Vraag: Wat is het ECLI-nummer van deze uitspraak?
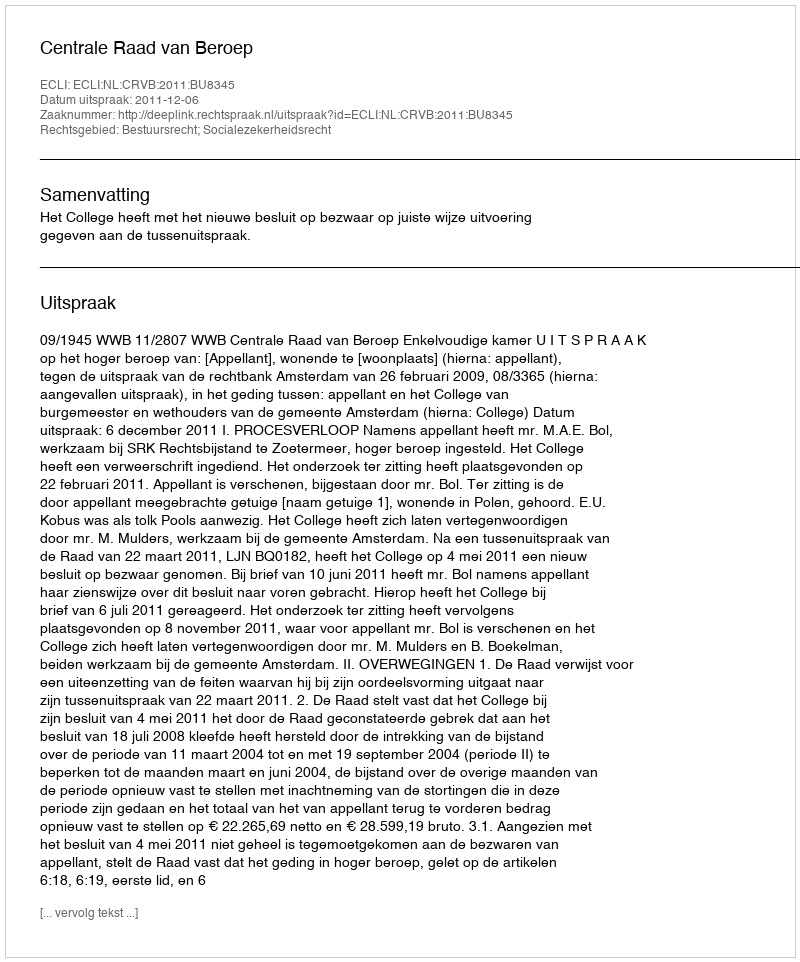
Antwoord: ECLI:NL:CRVB:2011:BU8345